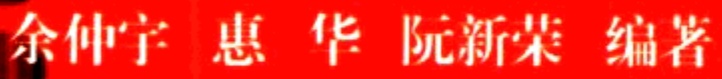
余仲宇 惠 华 阮新荣 编著